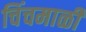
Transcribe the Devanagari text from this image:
चिंचमाळी